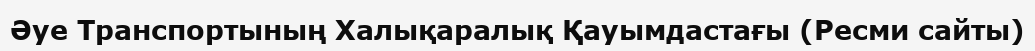
Әуе Транспортының Халықаралық Қауымдастағы (Ресми сайты)